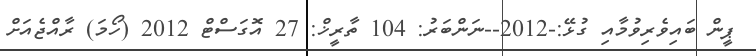
ޕީން ބައިވެރިވުމާއި ގުޅޭ:-2012--ނަންބަރު: 104 ތާރީޚް: 27 އޮގަސްޓް 2012 (ހޯމަ) ރާއްޖެއަށް